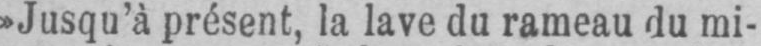
»Jusqu’à présent, la lave du rameau du mi-